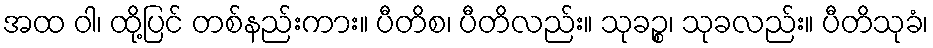
အထ ဝါ၊ ထို့ပြင် တစ်နည်းကား။ ပီတိစ၊ ပီတိလည်း။ သုခဉ္စ၊ သုခလည်း။ ပီတိသုခံ၊